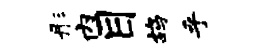
彤内目鸪乎